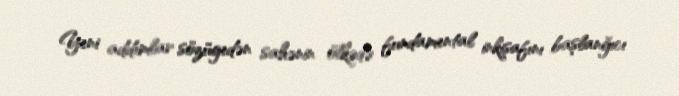
Yeni addımlar sözügedən sahənin ölkədə fundamental inkişafını başlanğıcı